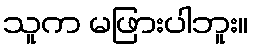
သူက မဖြားပါဘူး။